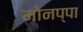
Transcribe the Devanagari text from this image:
मोनप्पा